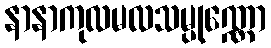
နာနာကုလမလသမ္ပုဏ္ဏော